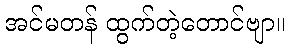
အင်မတန် ထွက်တဲ့တောင်ဗျာ။